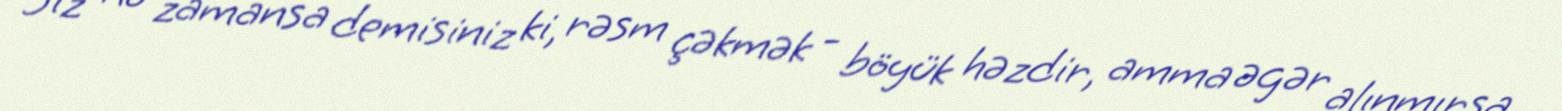
Siz nə zamansa demisiniz ki, rəsm çəkmək - böyük həzdir, amma əgər alınmırsa,